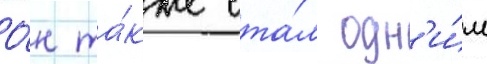
О́н та́кже ста́л одн'и́м